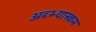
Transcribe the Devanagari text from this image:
अब्भ्यास्क्रम